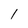
Character: l